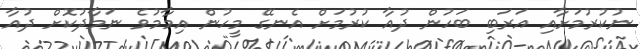
ނުކުރުމަށާއި އަރަބި ބަހުން ދުއާ ކުރުމަށް އެނގޭ މީހުން އިމާމުވެ ނަމާދުކޮށް ދުއާ